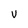
Character: V